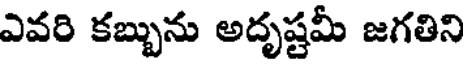
ఎవరి కబ్బును అదృష్టమీ జగతిని